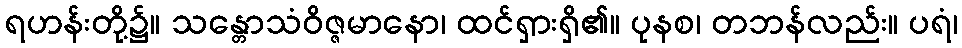
ရဟန်းတို့၌။ သန္တောသံဝိဇ္ဇမာနော၊ ထင်ရှားရှိ၏။ ပုနစ၊ တဘန်လည်း။ ပရံ၊